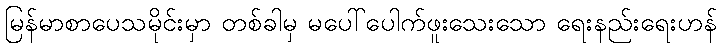
မြန်မာစာပေသမိုင်းမှာ တစ်ခါမှ မပေါ်ပေါက်ဖူးသေးသော ရေးနည်းရေးဟန်